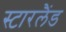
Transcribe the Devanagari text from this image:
स्टारलैंड